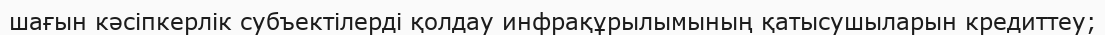
шағын кәсіпкерлік субъектілерді қолдау инфрақұрылымының қатысушыларын кредиттеу;